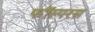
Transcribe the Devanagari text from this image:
फॉस्परस